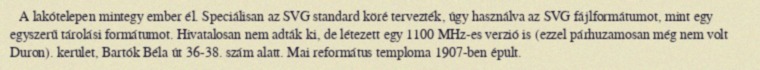
A lakótelepen mintegy ember él. Speciálisan az SVG standard köré tervezték, úgy használva az SVG fájlformátumot, mint egy egyszerű tárolási formátumot. Hivatalosan nem adták ki, de létezett egy 1100 MHz-es verzió is (ezzel párhuzamosan még nem volt Duron). kerület, Bartók Béla út 36-38. szám alatt. Mai református temploma 1907-ben épült.